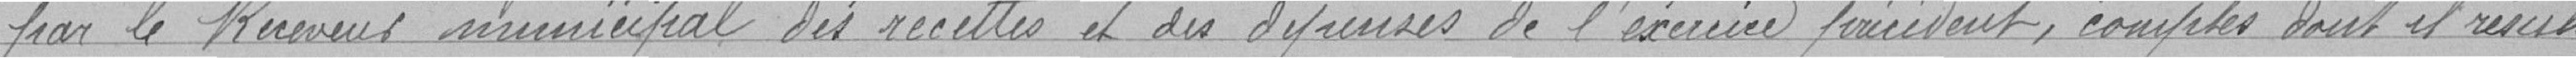
par le Receveur municipal des recettes et des dépenses de l'année précédente, comptes dont il résulte